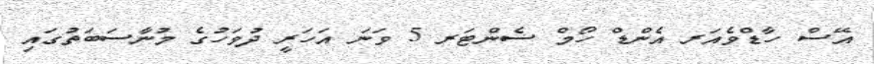
އޭސް ހާޑްވެއަރ އެންޑް ހޯމް ސެންޓަރ 5 ވަނަ އަހަރީ ދުވަހުގެ މުނާސަބަތުގައި